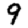
Digit: 9